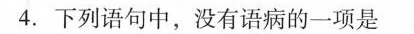
4.下列语句中，没有语病的一项是